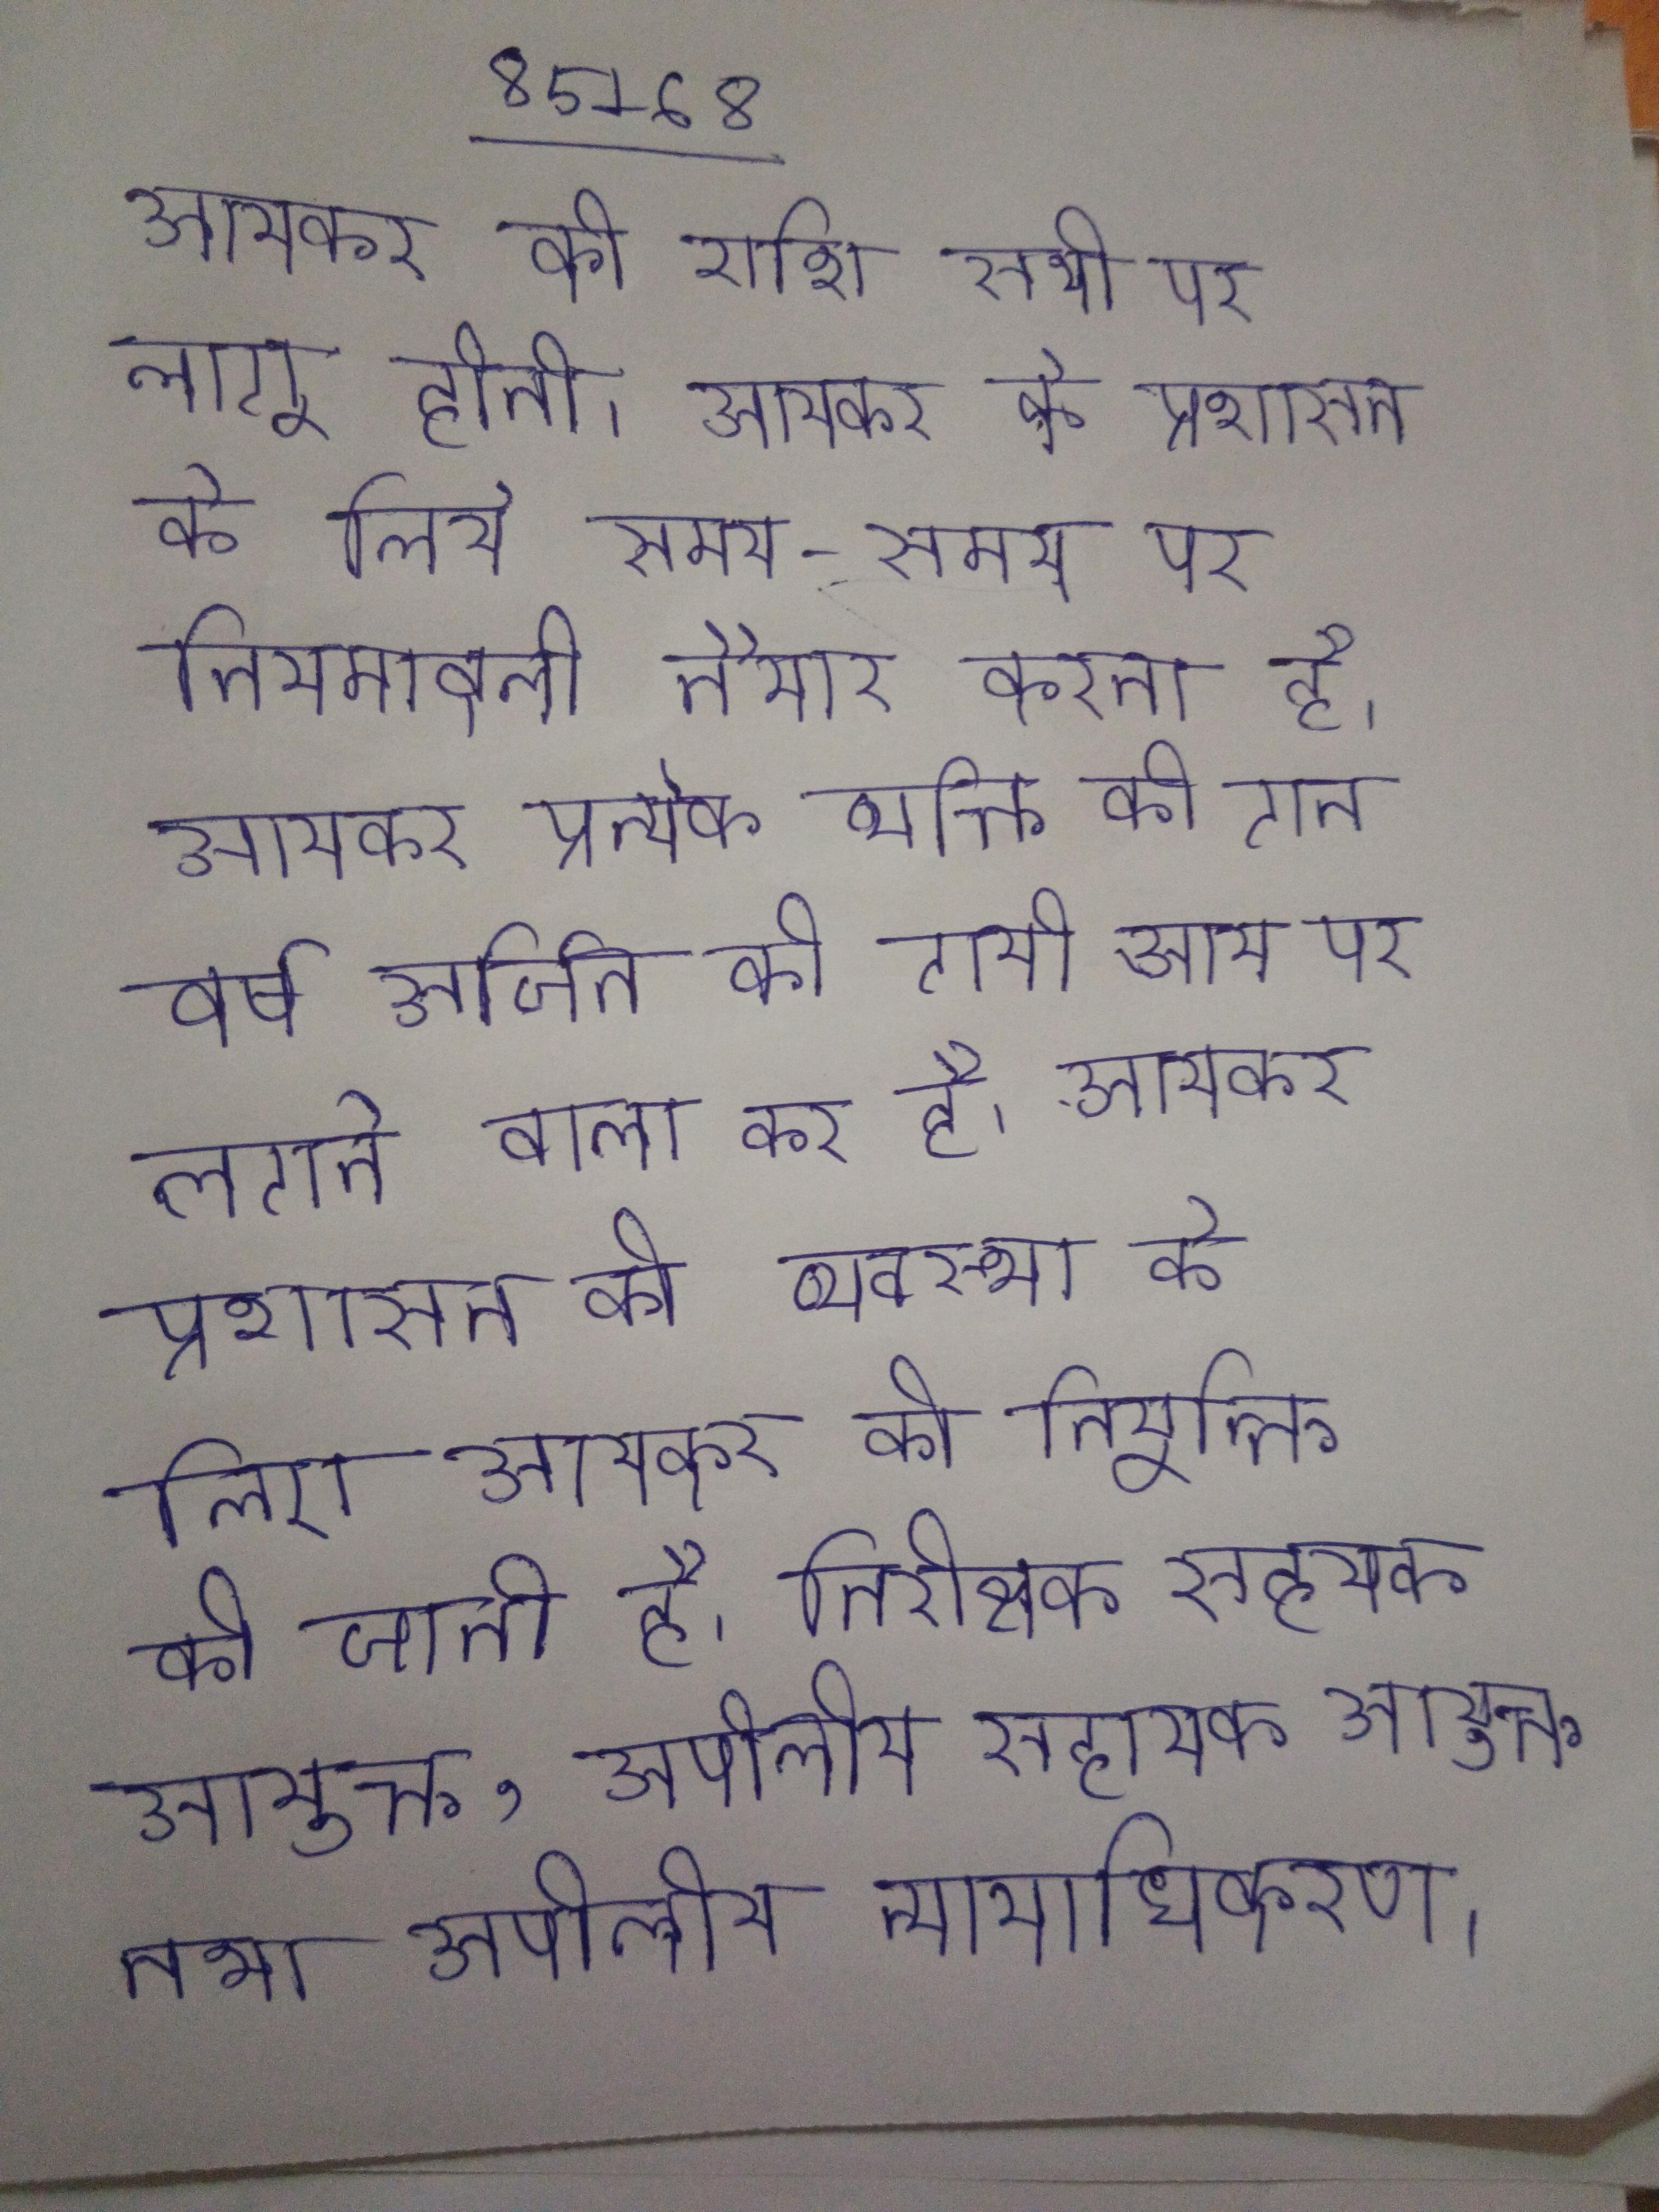
आयकर की राशि सभी पर लागू होती । आयकर के प्रशासन के लिये समय-समय पर नियमावली तैयार करता है । आयकर प्रत्येक व्यक्ति की गतवर्ष अर्जित की गयी आय पर लगने वाला कर है । आयकर प्रशासन की व्यवस्था के लिए आयकर की नियुक्ति की जाती है, निरीक्षक सहायक आयुक्त, अपीलीय सहायक आयुक्त तथा अपीलीय न्यायाधिकरण ।